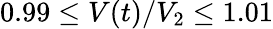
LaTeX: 0.99\leq V(t)/V_{2}\leq 1.01